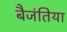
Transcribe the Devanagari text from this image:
बैजंतिया